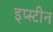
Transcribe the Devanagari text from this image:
इप्स्टीन